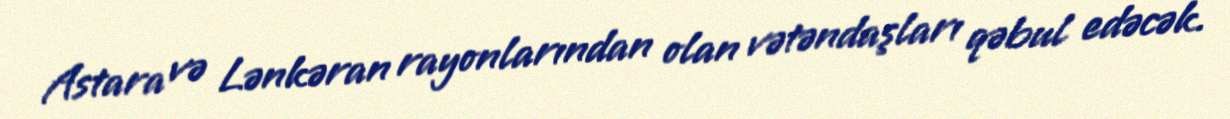
Astara və Lənkəran rayonlarından olan vətəndaşları qəbul edəcək.